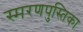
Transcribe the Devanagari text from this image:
स्मरणपुस्तिका